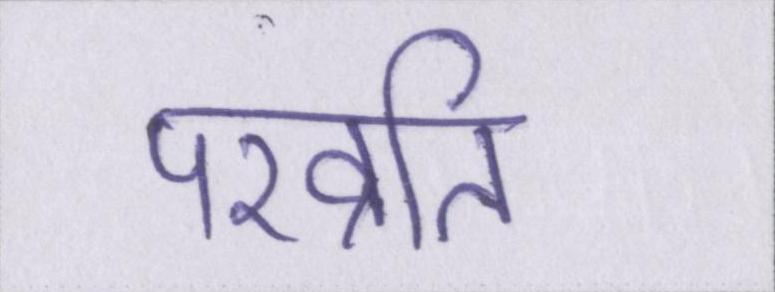
परव्रति